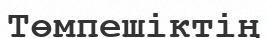
Төмпешіктің